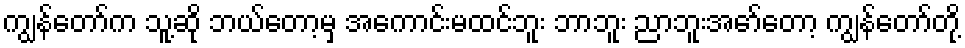
ကျွန်တော်က သူ့ဆို ဘယ်တော့မှ အကောင်းမထင်ဘူး ဘာဘူး ညာဘူးအော်တော့ ကျွန်တော်တို့